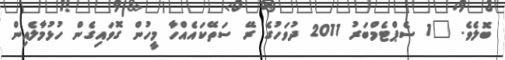
ބޮލެވެ. "1 ސެޕްޓެމްބަރު 2011 ދުވަހުގެ ރޭ ސަތޭކައެއްހާ މީހުން ގޮވައިގެން ހުޅުމާލެއިން